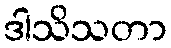
ဒါသိသတာ